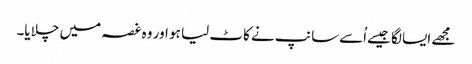
مجھے ایسا لگا جیسےاُسےسانپ نے کاٹ لیا ہو اور وہ غصہ میں چلایا۔